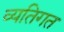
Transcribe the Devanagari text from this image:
व्यतिगत